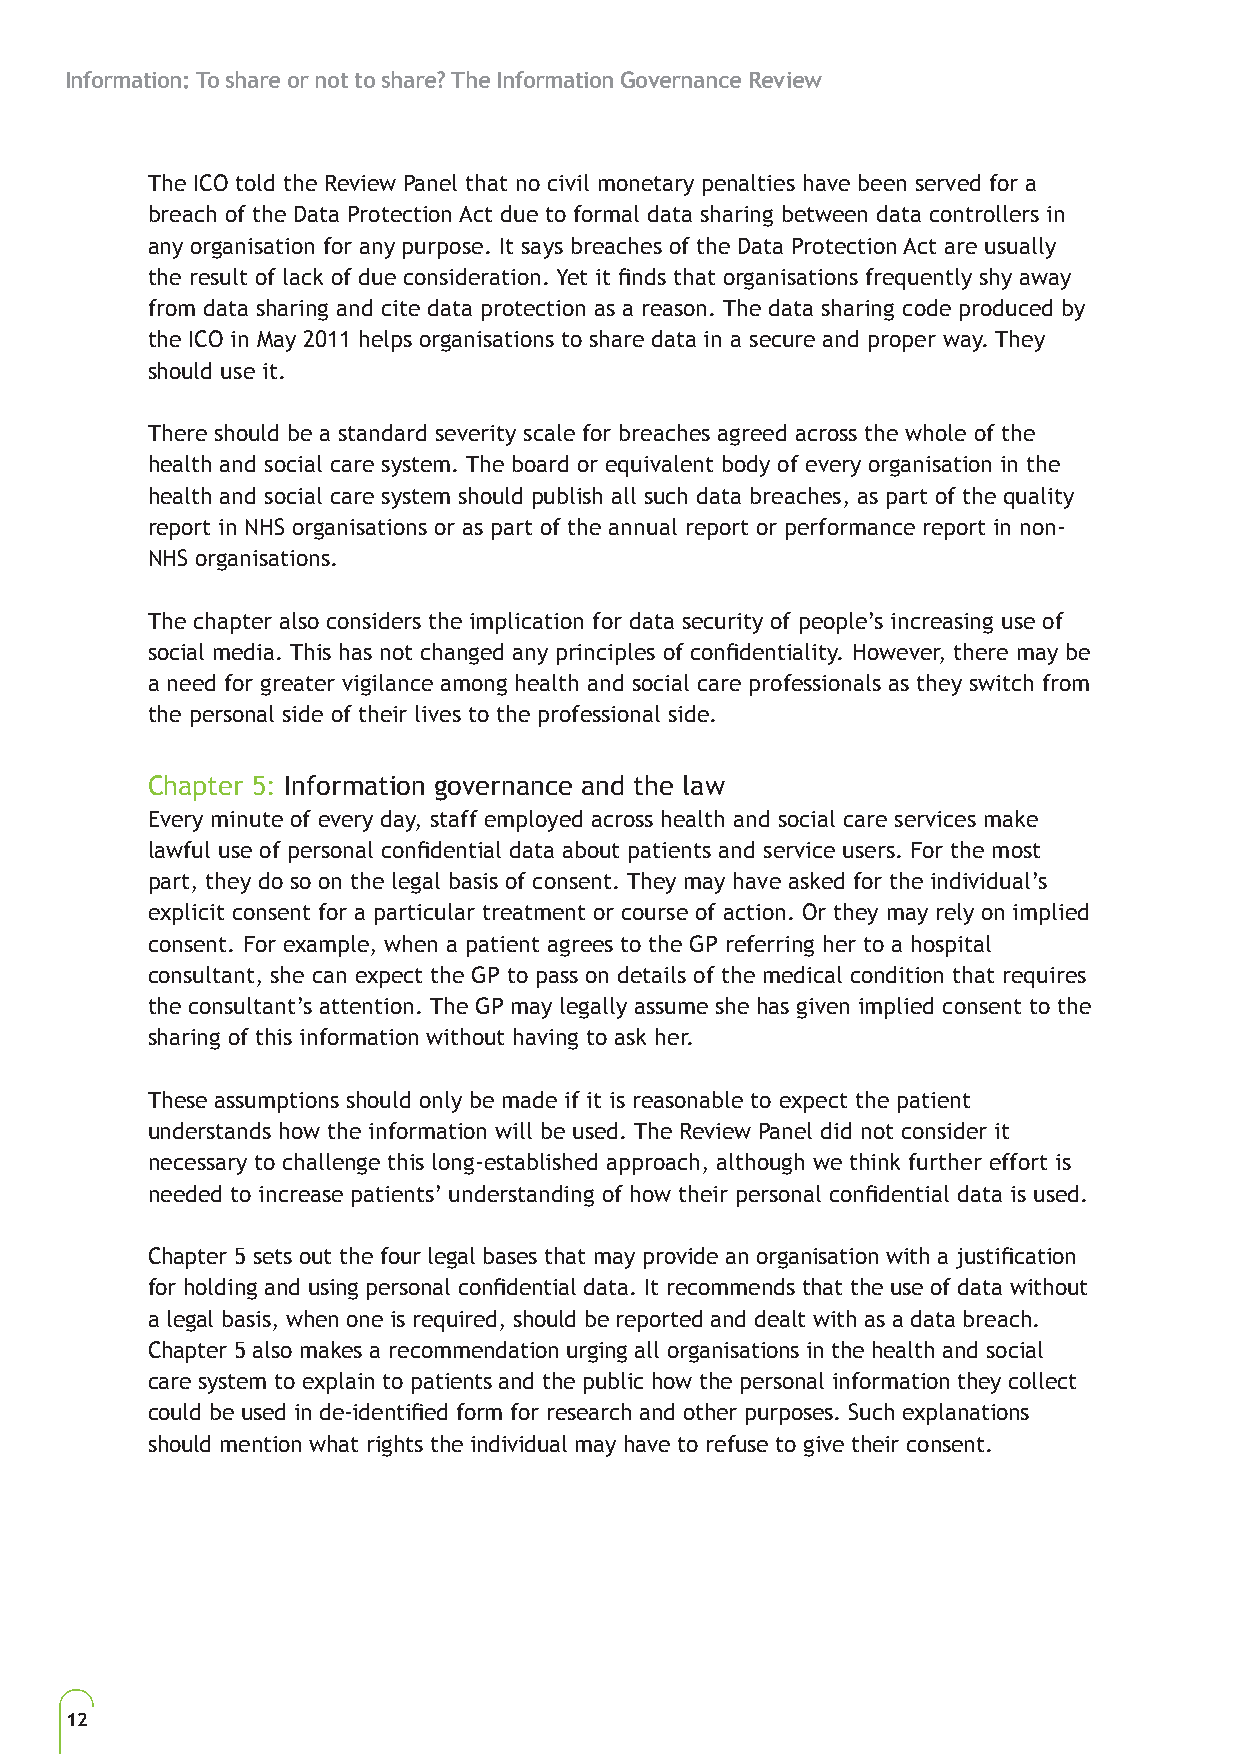
Information: To share or not to share? The Information Governance Review
 The ICO told the Review Panel that no civil monetary penalties have been served for a
 breach of the Data Protection Act due to formal data sharing between data controllers in
 any organisation for any purpose. It says breaches of the Data Protection Act are usually
 the result of lack of due consideration. Yet it finds that organisations frequently shy away
 from data sharing and cite data protection as a reason. The data sharing code produced by
 the ICO in May 2011 helps organisations to share data in a secure and proper way. They
 should use it.
 There should be a standard severity scale for breaches agreed across the whole of the
 health and social care system. The board or equivalent body of every organisation in the
 health and social care system should publish all such data breaches, as part of the quality
 report in NHS organisations or as part of the annual report or performance report in non-
 NHS organisations.
 The chapter also considers the implication for data security of people’s increasing use of
 social media. This has not changed any principles of confidentiality. However, there may be
 a need for greater vigilance among health and social care professionals as they switch from
 the personal side of their lives to the professional side.
 Chapter 5: Information governance and the law
 Every minute of every day, staff employed across health and social care services make
 lawful use of personal confidential data about patients and service users. For the most
 part, they do so on the legal basis of consent. They may have asked for the individual’s
 explicit consent for a particular treatment or course of action. Or they may rely on implied
 consent. For example, when a patient agrees to the GP referring her to a hospital
 consultant, she can expect the GP to pass on details of the medical condition that requires
 the consultant’s attention. The GP may legally assume she has given implied consent to the
 sharing of this information without having to ask her.
 These assumptions should only be made if it is reasonable to expect the patient
 understands how the information will be used. The Review Panel did not consider it
 necessary to challenge this long-established approach, although we think further effort is
 needed to increase patients’ understanding of how their personal confidential data is used.
 Chapter 5 sets out the four legal bases that may provide an organisation with a justification
 for holding and using personal confidential data. It recommends that the use of data without
 a legal basis, when one is required, should be reported and dealt with as a data breach.
 Chapter 5 also makes a recommendation urging all organisations in the health and social
 care system to explain to patients and the public how the personal information they collect
 could be used in de-identified form for research and other purposes. Such explanations
 should mention what rights the individual may have to refuse to give their consent.
 12